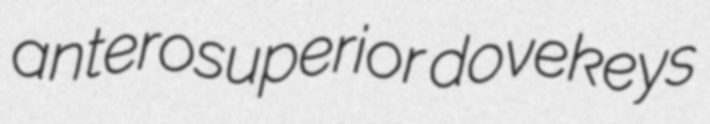
anterosuperior dovekeys